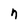
Character: n